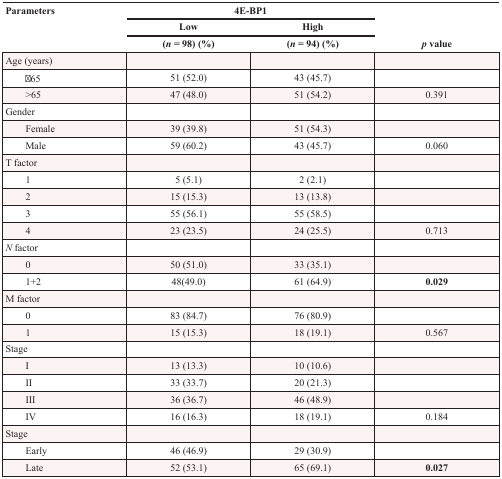
<table><thead><tr><td rowspan="3"><b>Parameters</b></td><td colspan="2"><b>4E-BP1</b></td><td rowspan="3"><b><i>p</i> value</b></td></tr><tr><td><b>Low</b></td><td><b>High</b></td></tr><tr><td><b>(<i>n</i> = 98) (%)</b></td><td><b>(<i>n</i> = 94) (%)</b></td></tr></thead><tbody><tr><td>Age (years)</td><td></td><td></td><td></td></tr><tr><td>≦65</td><td>51 (52.0)</td><td>43 (45.7)</td><td></td></tr><tr><td>&gt;65</td><td>47 (48.0)</td><td>51 (54.2)</td><td>0.391</td></tr><tr><td>Gender</td><td></td><td></td><td></td></tr><tr><td>Female</td><td>39 (39.8)</td><td>51 (54.3)</td><td></td></tr><tr><td>Male</td><td>59 (60.2)</td><td>43 (45.7)</td><td>0.060</td></tr><tr><td>T factor</td><td></td><td></td><td></td></tr><tr><td>1</td><td>5 (5.1)</td><td>2 (2.1)</td><td></td></tr><tr><td>2</td><td>15 (15.3)</td><td>13 (13.8)</td><td></td></tr><tr><td>3</td><td>55 (56.1)</td><td>55 (58.5)</td><td></td></tr><tr><td>4</td><td>23 (23.5)</td><td>24 (25.5)</td><td>0.713</td></tr><tr><td><i>N</i> factor</td><td></td><td></td><td></td></tr><tr><td>0</td><td>50 (51.0)</td><td>33 (35.1)</td><td></td></tr><tr><td>1+2</td><td>48(49.0)</td><td>61 (64.9)</td><td><b>0.029</b></td></tr><tr><td>M factor</td><td></td><td></td><td></td></tr><tr><td>0</td><td>83 (84.7)</td><td>76 (80.9)</td><td></td></tr><tr><td>1</td><td>15 (15.3)</td><td>18 (19.1)</td><td>0.567</td></tr><tr><td>Stage</td><td></td><td></td><td></td></tr><tr><td>I</td><td>13 (13.3)</td><td>10 (10.6)</td><td></td></tr><tr><td>II</td><td>33 (33.7)</td><td>20 (21.3)</td><td></td></tr><tr><td>III</td><td>36 (36.7)</td><td>46 (48.9)</td><td></td></tr><tr><td>IV</td><td>16 (16.3)</td><td>18 (19.1)</td><td>0.184</td></tr><tr><td>Stage</td><td></td><td></td><td></td></tr><tr><td>Early</td><td>46 (46.9)</td><td>29 (30.9)</td><td></td></tr><tr><td>Late</td><td>52 (53.1)</td><td>65 (69.1)</td><td><b>0.027</b></td></tr></tbody></table>